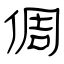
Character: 倜